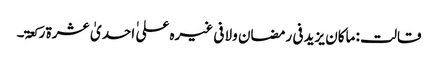
قالت : ماکان یزید فی رمضان ولا فی غیرہ علی ٰ احدیٰ عشرۃ رکعۃ۔